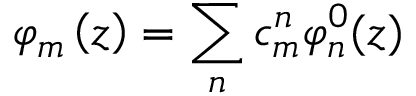
{ \varphi } _ { m } \left( z \right) = \sum _ { n } { c _ { m } ^ { n } } { \varphi } _ { n } ^ { 0 } ( z )